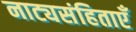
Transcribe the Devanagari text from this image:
नाट्यसंहिताएँ